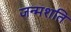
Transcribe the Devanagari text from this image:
जन्मशति